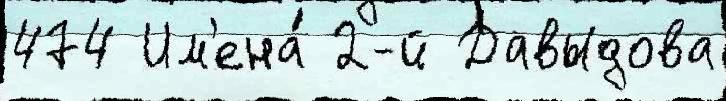
474 Им'ена́ 2-й Давыдова